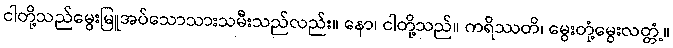
ငါတို့သည်မွေးမြူအပ်သောသားသမီးသည်လည်း။ နော၊ ငါတို့သည်။ ကရိဿတိ၊ မွေးတုံ့မွေးလတ္တံ့။